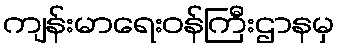
ကျန်းမာရေးဝန်ကြီးဌာနမှ